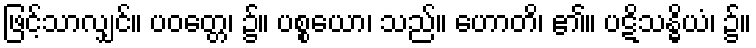
ဖြင့်သာလျှင်။ ပဝတ္တေ၊ ၌။ ပစ္စယော၊ သည်။ ဟောတိ၊ ၏။ ပဋိသန္ဓိယံ၊ ၌။